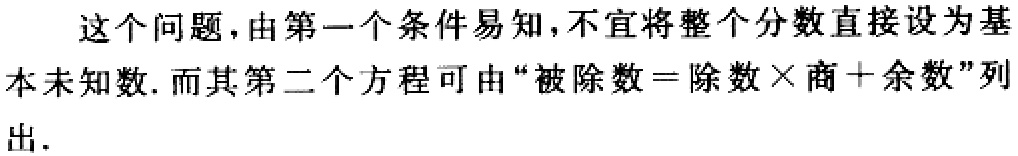
这个问题，由第一个条件易知，不宜将整个分数直接设为基本未知数. 而其第二个方程可由“被除数 = 除数×商+余数”列出.